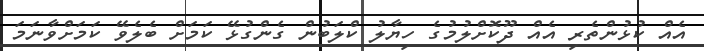
އެއް ކުޅުންތެރި އެއް ދޫކޮށްލުމުގެ ހިޔާލު ކްލަބުން ގެންގުޅޭ ކަމަށް ބެލެވޭ ކަމަށްވާނަމަ